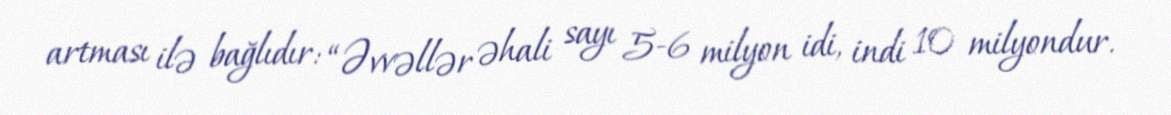
artması ilə bağlıdır: “Əvvəllər əhali sayı 5-6 milyon idi, indi 10 milyondur.